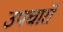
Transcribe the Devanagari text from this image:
उपचारॉ